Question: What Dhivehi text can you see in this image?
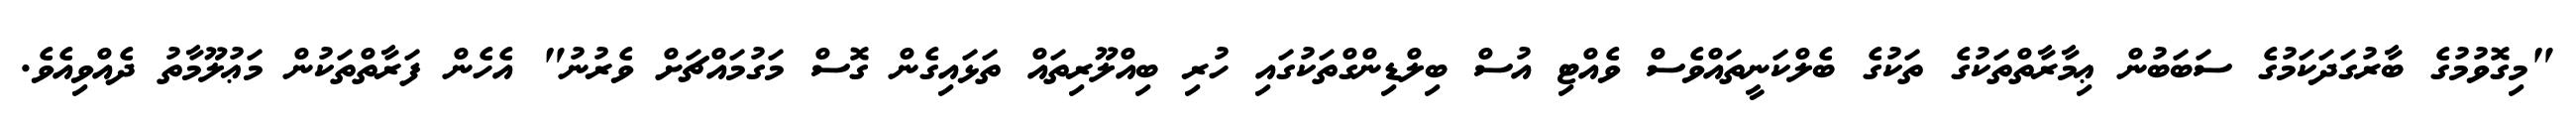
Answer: "މިގޮވުމުގެ ބާރުގަދަކަމުގެ ސަބަބުން ޢިމާރާތްތަކުގެ ތަކުގެ ބެލްކަނީތައްވެސް ވެއްޓި އުސް ބިލްޑިންގްތަކުގައި ހުރި ބިއްލޫރިތައް ތަޅައިގެން ގޮސް މަގުމައްޗަށް ވެރުނު" އެހެން ފަރާތްތަކުން މަޢުލޫމާތު ދެއްވިއެވެ.